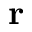
{ \bf r }